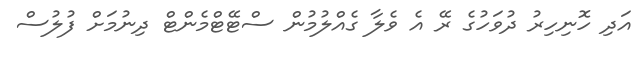
އަދި ހޮނިހިރު ދުވަހުގެ ރޭ އެ ވެލާ ގެއްލުމުން ސްޓޭޓްމެންޓް ދިނުމަށް ފުލުސް